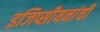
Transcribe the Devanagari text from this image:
इजिप्सीयनांची